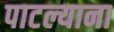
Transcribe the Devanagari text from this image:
पाटल्याना